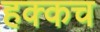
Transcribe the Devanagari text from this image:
हक्कच